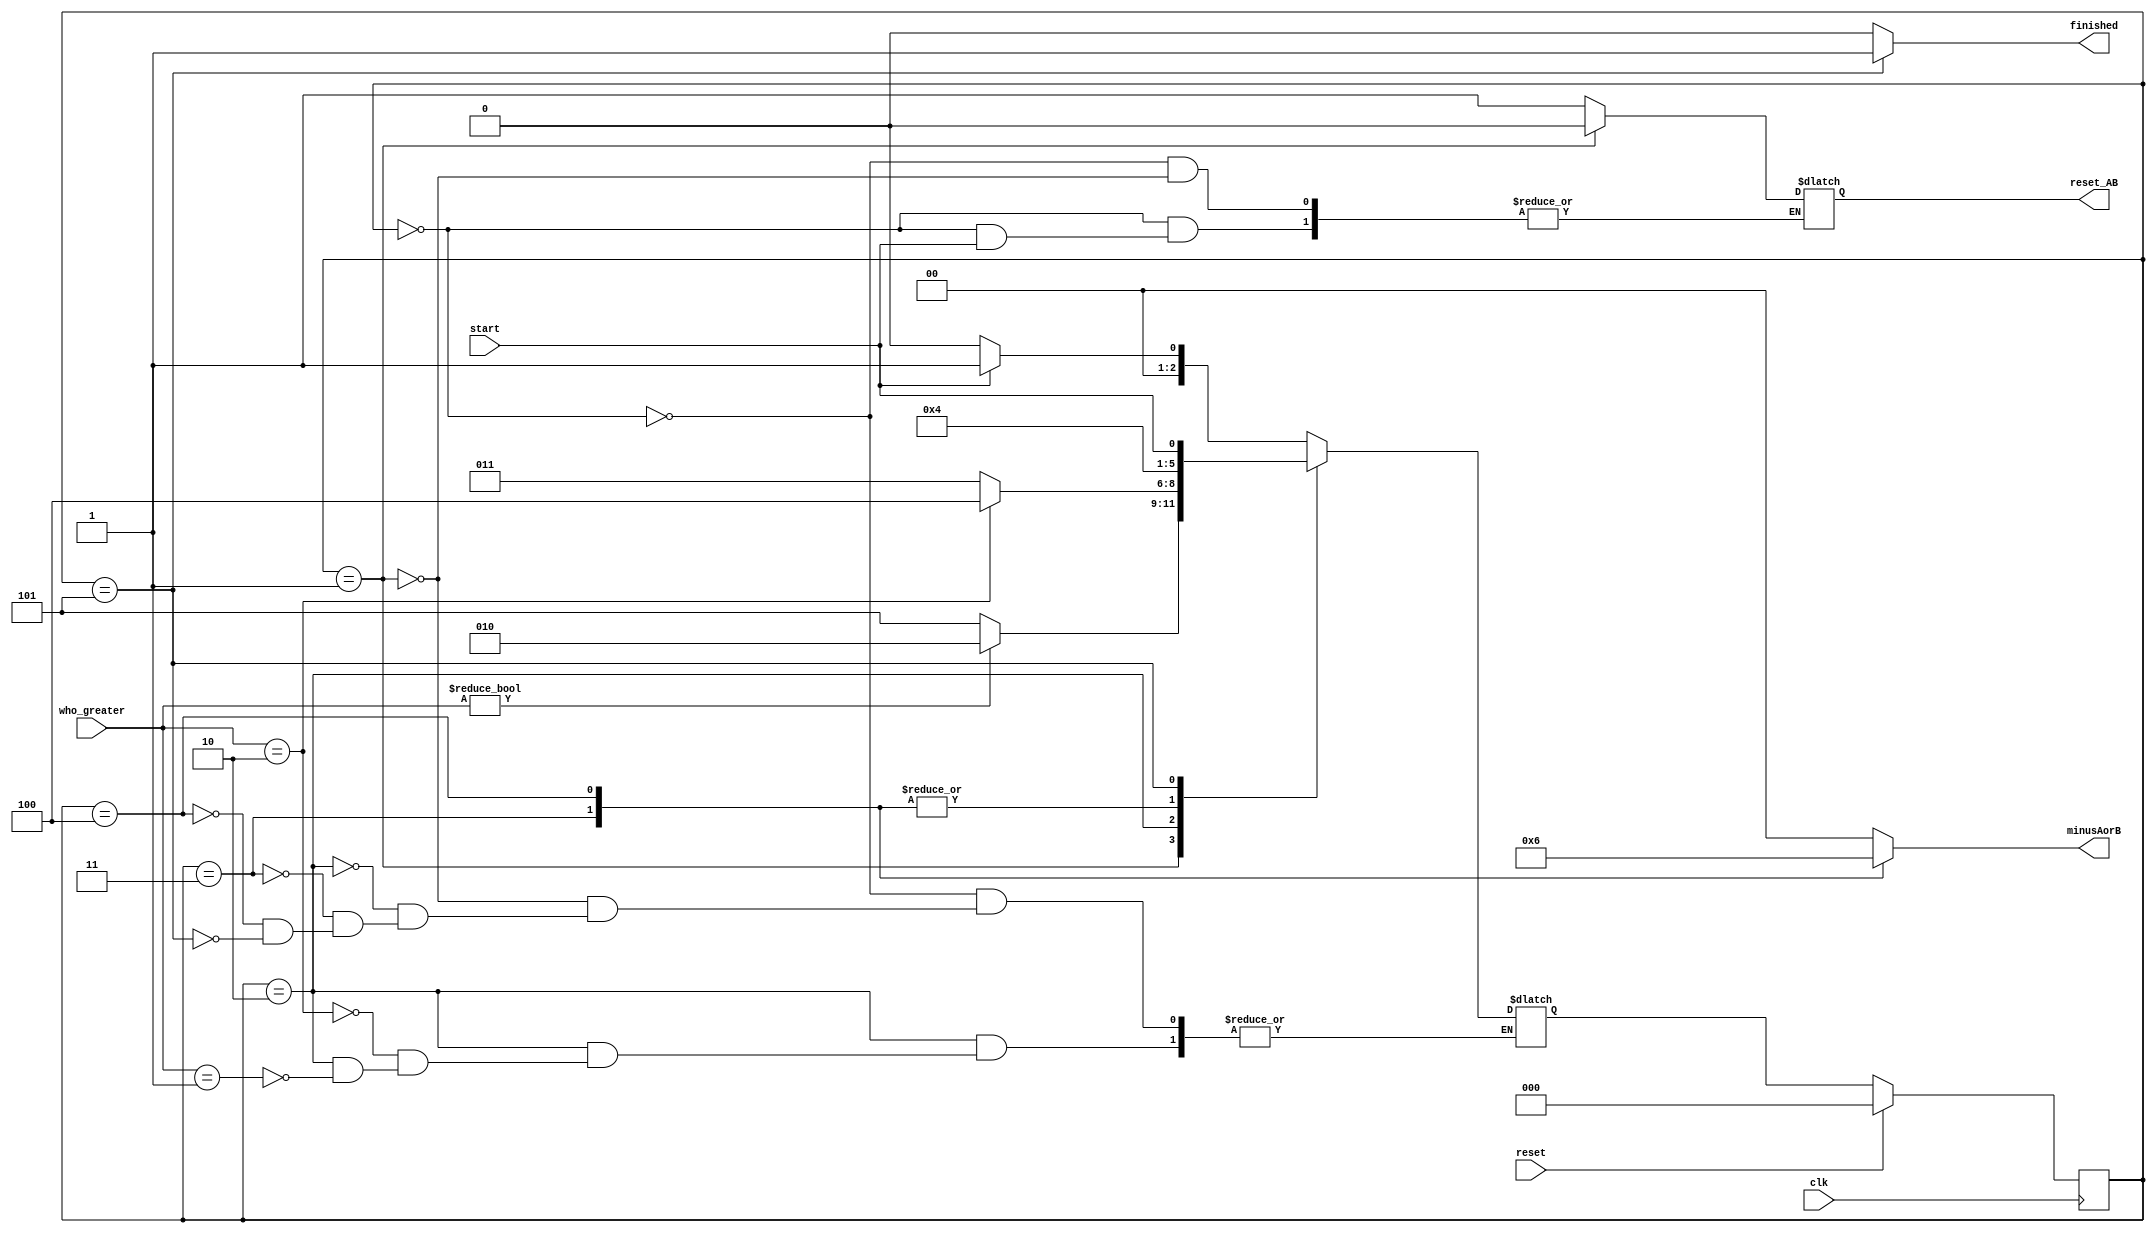
module gcd_controller(
	input clk,
	input reset,
	input [1:0] who_greater,
	input start,
	output reg reset_AB,
	output reg [1:0] minusAorB,
	output reg finished
);
	reg [2:0] curr_state,next_state;
	parameter [2:0] checkstart = 3'd0,
					AequalB = 3'd1,
					whogreater = 3'd2,
					Agreater = 3'd3,
					Bgreater = 3'd4,
					result = 3'd5;
	always @(posedge clk) begin
		if(reset==1) begin
			curr_state <= checkstart;
		end
		else begin
			curr_state <= next_state;
		end
	end
	always @(*) begin
		finished=0;
		minusAorB=0;
		case(curr_state)
			checkstart: begin
				if (start) next_state = AequalB;
				else begin
					reset_AB = 1;
					next_state = checkstart;
				end
			end
			AequalB: begin
				reset_AB = 0;
				next_state = (who_greater!=0) ? whogreater : result;
			end
			whogreater: begin
				if (who_greater==1) next_state = Agreater;
				if (who_greater==2) next_state = Bgreater;
			end
			Agreater: begin
				minusAorB = 1;
				next_state = AequalB;
			end
			Bgreater: begin
				minusAorB = 2;
				next_state = AequalB;
			end
			result: begin
				finished = 1;
				next_state = start;
			end
		endcase
	end
endmodule